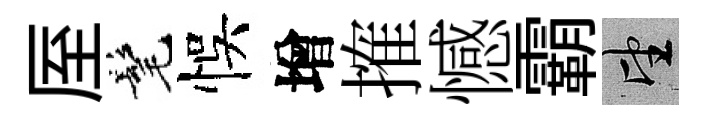
厔髦悞增搉憾霸望